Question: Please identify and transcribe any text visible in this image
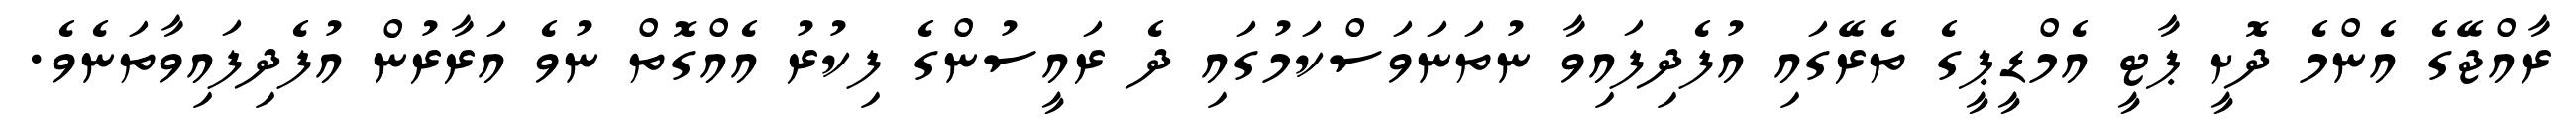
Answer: ރާއްޖޭގެ އެންމެ ދޮށީ ޕާޓީ އެމްޑީޕީގެ ތެރޭގައި އުފެދިފައިވާ ނުތަނަވަސްކަމުގައި ދެ ރައީސުންގެ ފިކުރު އެއްގޮތް ނުވެ އަރާރުން އުފެދިފައިވާތަނެވެ.